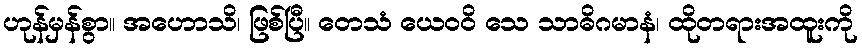
ဟုန်မှန်စွာ။ အဟောသိ၊ ဖြစ်ပြီ။ တေသံ ယေဝဝိ သေ သာဓိဂမာနံ၊ ထိုတရားအထူးကို